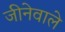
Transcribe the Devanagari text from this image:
जीनेवाले